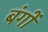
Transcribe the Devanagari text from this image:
बंगों